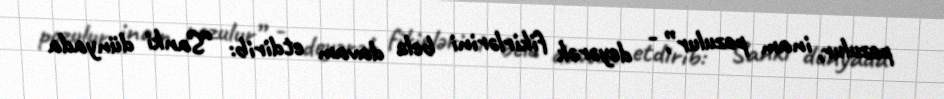
pozulur, inam pozulur”, - deyərək fikirlərini belə davam etdirib: “Sanki dünyada